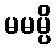
မမမ္ပိ